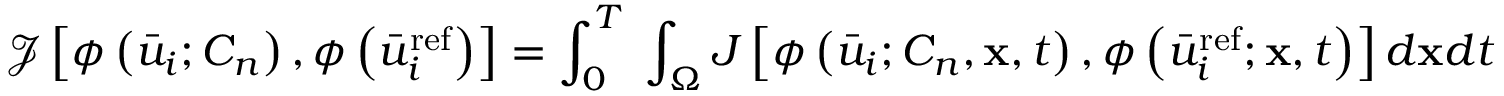
\mathcal { J } \left[ { \phi \left( { { { \bar { u } } _ { i } { ; { C _ { n } } } } } \right) , \phi \left( { \bar { u } _ { i } ^ { \mathrm { { r e f } } } } \right) } \right] = \int _ { 0 } ^ { T } \; { \int _ { \Omega } { J \left[ { \phi \left( { { { \bar { u } } _ { i } } ; { C _ { n } } , { \bf { x } } , t } \right) , \phi \left( { \bar { u } _ { i } ^ { \mathrm { { r e f } } } ; { \bf { x } } , t } \right) } \right] d { \bf { x } } d t } }